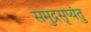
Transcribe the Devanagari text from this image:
समुद्रसृप्यंतु